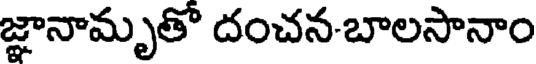
జ్ఞానామృతో దంచన-బాలసానాం